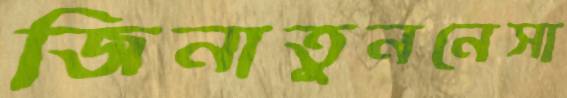
জিনাতুননেসা